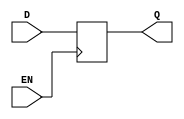
module DataEnableLatch(
    input wire D,
    input wire EN,
    output reg Q
);

always @(posedge EN) begin
    if(EN) begin
        Q <= D;
    end
end

endmodule